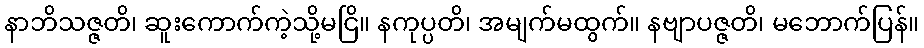
နာဘိသဇ္ဇတိ၊ ဆူးကောက်ကဲ့သို့မငြိ။ နကုပ္ပတိ၊ အမျက်မထွက်။ နဗျာပဇ္ဇတိ၊ မဘောက်ပြန်။